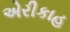
એરીકાહ